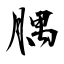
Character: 腢